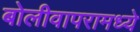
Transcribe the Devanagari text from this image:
बोलीवापरामध्ये